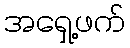
အရှေ့ဖက်